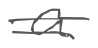
Text: a
Cross-out: mix
Writing tool: digital_gray